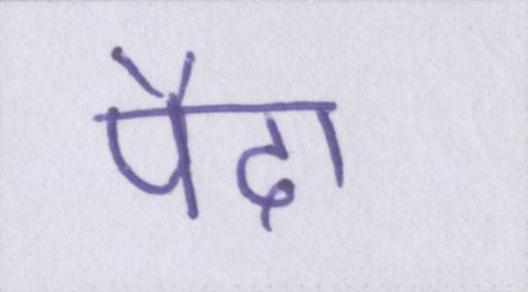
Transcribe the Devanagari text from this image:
पैदा